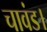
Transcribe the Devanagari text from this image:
चावंड।